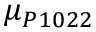
\mu _ { P 1 0 2 2 }